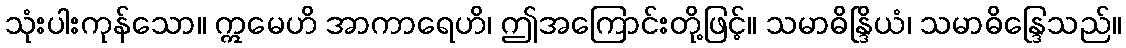
သုံးပါးကုန်သော။ ဣမေဟိ အာကာရေဟိ၊ ဤအကြောင်းတို့ဖြင့်။ သမာဓိန္ဒြိယံ၊ သမာဓိန္ဒြေသည်။